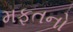
મફતનો